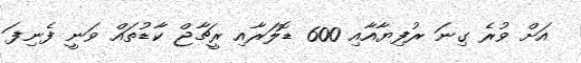
އަށް ވުރެ ގިނަ ރުފިޔާއާއި 600 ޑޮލަރާއި ރީޗާޖް ކާޑުތައް ވަނީ ފެނިފަ